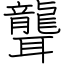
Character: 聾